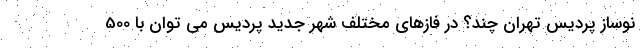
نوساز پردیس تهران چند؟ در فازهای مختلف شهر جدید پردیس می توان با 500